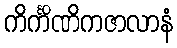
ကိင်္ကိဏိကဇာလာနံ